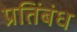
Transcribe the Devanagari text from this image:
प्रतिंबंध